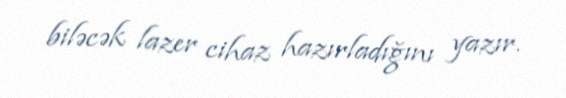
biləcək lazer cihaz hazırladığını yazır.